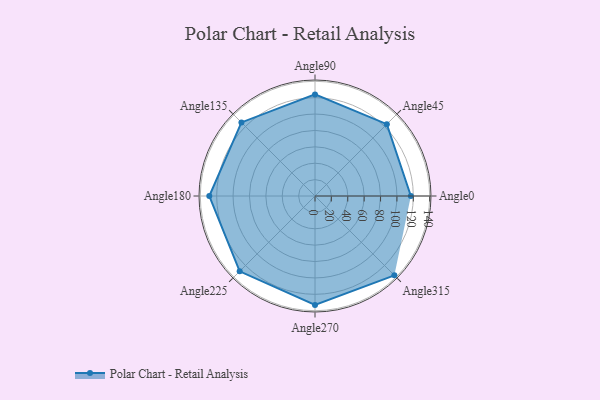
{"axis": {"x": "Angle", "y": "Radius"}, "legend": [""], "data": [{"x": "Angle0", "y": 117.0, "type": ""}, {"x": "Angle45", "y": 124.0, "type": ""}, {"x": "Angle90", "y": 124.0, "type": ""}, {"x": "Angle135", "y": 127.0, "type": ""}, {"x": "Angle180", "y": 129.0, "type": ""}, {"x": "Angle225", "y": 130.0, "type": ""}, {"x": "Angle270", "y": 133.0, "type": ""}, {"x": "Angle315", "y": 137.0, "type": ""}]}